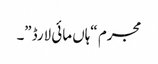
مجرم “ہاں مائی لارڈ”۔